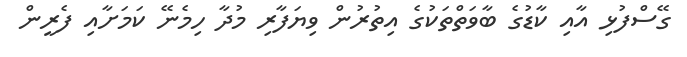
ގޭސްފުޅި އާއި ކާޑުގެ ބާވަތްތަކުގެ އިތުރުން ވިޔަފާރި މުދާ ހިމެނޭ ކަމަށާއި ފެރީން